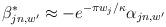
LaTeX: \begin{align*}\beta^{*}_{jn,w'} \approx -e^{-\pi w_{j}/\kappa} \alpha_{jn,w'}\end{align*}